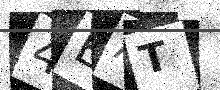
Text: 4EAT